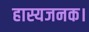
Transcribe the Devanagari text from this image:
हास्यजनक।